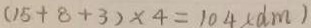
( 1 5 + 8 + 3 ) \times 4 = 1 0 4 ( d m )